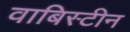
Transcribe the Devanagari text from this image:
वाबिस्टीन